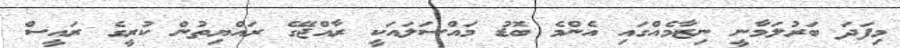
މިފަދަ ބަރުލަމާނީ ނިޒާމެއްގައި އެންމެ ބޮޑު މައްސަލައަކީ ރާއްޖޭގެ ރައްޔިތުން ކުރީގެ ރައީސް